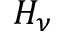
H _ { \nu }